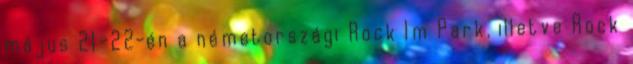
május 21–22-én a németországi Rock Im Park, illetve Rock